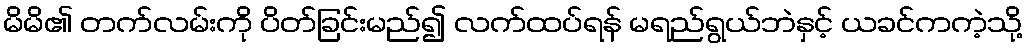
မိမိ၏ တက်လမ်းကို ပိတ်ခြင်းမည်၍ လက်ထပ်ရန် မရည်ရွယ်ဘဲနှင့် ယခင်ကကဲ့သို့